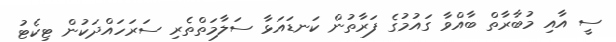
ސީ އާއި މުބާރާތް ބާއްވާ ގައުމުގެ ފަރާތުން ކަނޑައަޅާ ސަލާމަތްތެރި ސަރަހައްދަކުން ޓިކެޓު